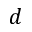
d